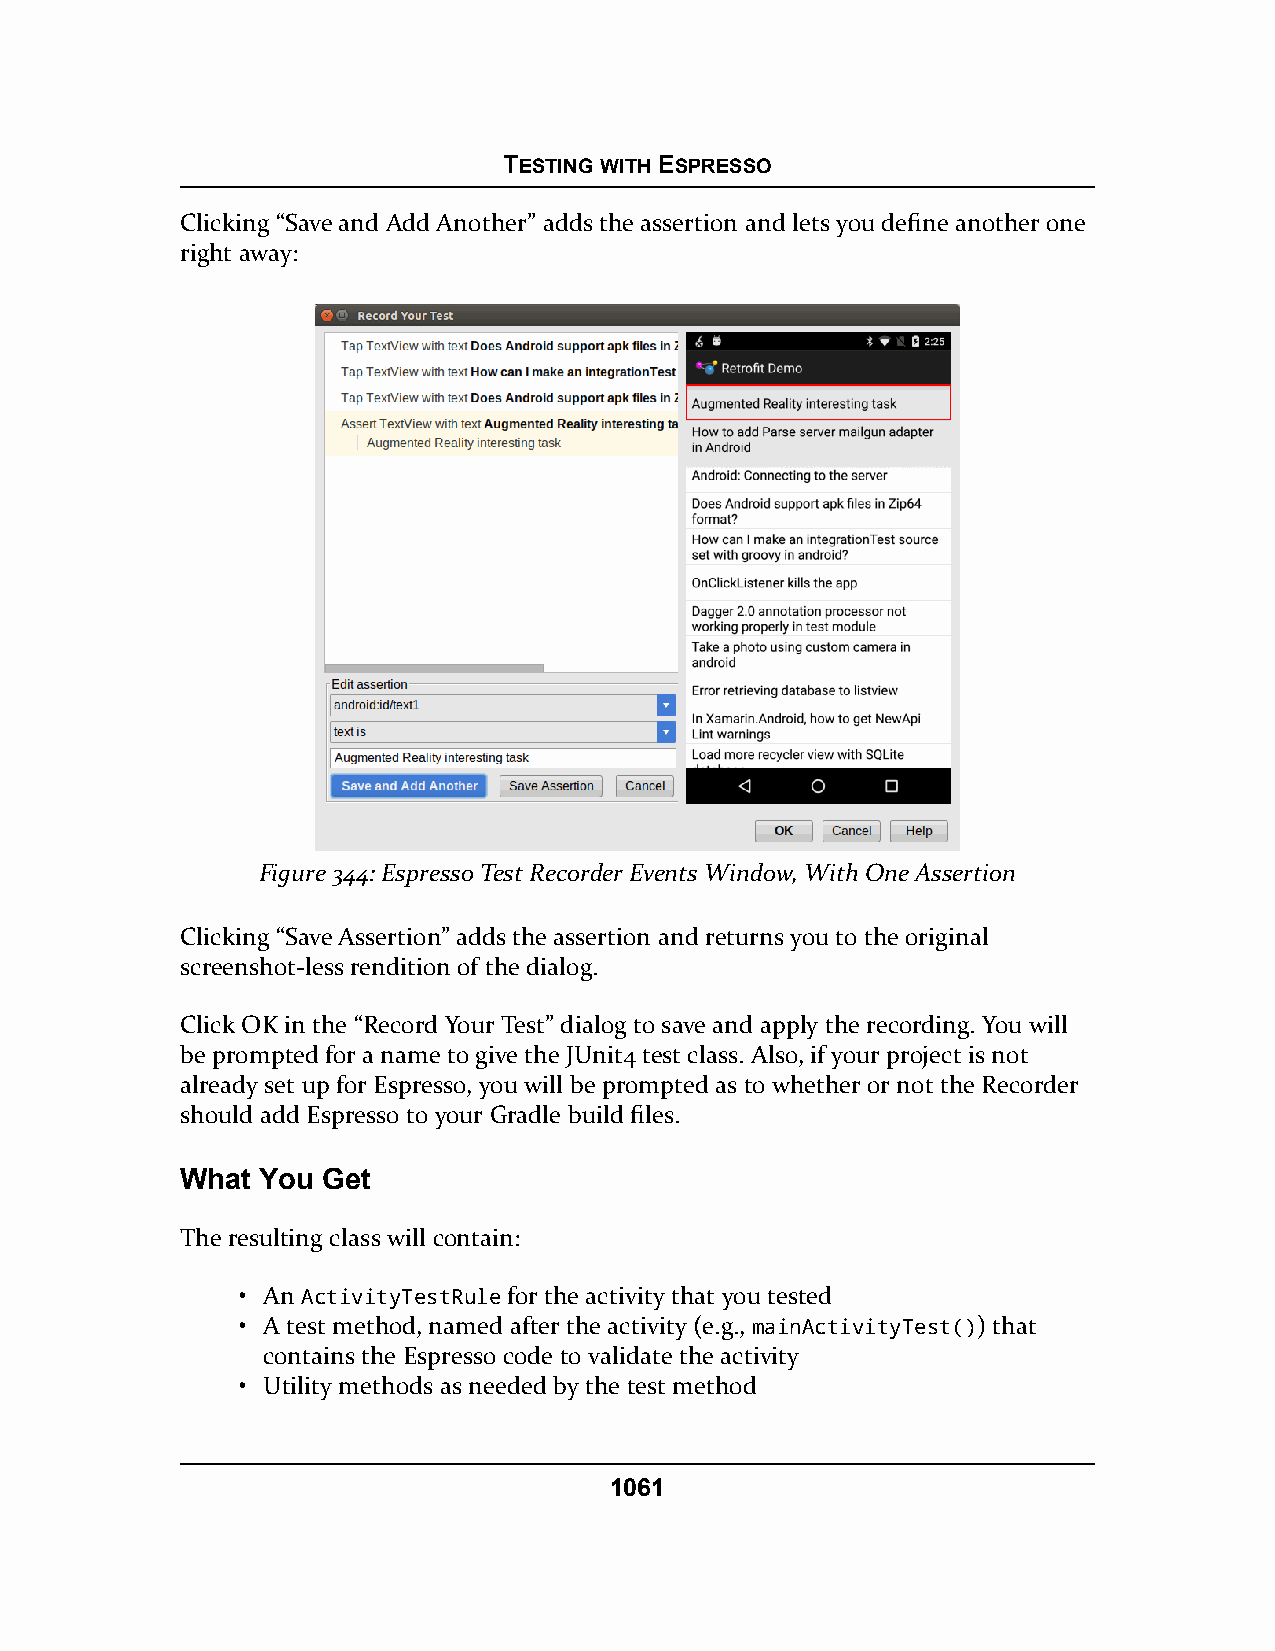
TESTING WITH ESPRESSO
 Clicking “Save and Add Another” adds the assertion and lets you define another one
 right away:
 Figure 344: Espresso Test Recorder Events Window, With One Assertion
 Clicking “Save Assertion” adds the assertion and returns you to the original
 screenshot-less rendition of the dialog.
 Click OK in the “Record Your Test” dialog to save and apply the recording. You will
 be prompted for a name to give the JUnit4 test class. Also, if your project is not
 already set up for Espresso, you will be prompted as to whether or not the Recorder
 should add Espresso to your Gradle build files.
 What You Get
 The resulting class will contain:
 • An ActivityTestRule for the activity that you tested
 • A test method, named after the activity (e.g., mainActivityTest()) that
 contains the Espresso code to validate the activity
 • Utility methods as needed by the test method
 1061